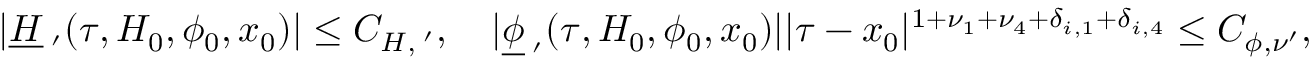
\begin{array} { r } { \vert \underline { H } _ { \mathbf \nu ^ { \prime } } ( \tau , H _ { 0 } , \phi _ { 0 } , x _ { 0 } ) \vert \le C _ { H , \mathbf \nu ^ { \prime } } , \quad \vert \underline { \phi } _ { \mathbf \nu ^ { \prime } } ( \tau , H _ { 0 } , \phi _ { 0 } , x _ { 0 } ) \vert \vert \tau - x _ { 0 } \vert ^ { 1 + \nu _ { 1 } + \nu _ { 4 } + \delta _ { i , 1 } + \delta _ { i , 4 } } \le C _ { \phi , \nu ^ { \prime } } , } \end{array}